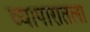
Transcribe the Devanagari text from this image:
व्यापारातला